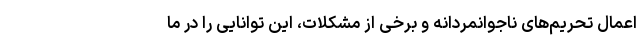
اعمال تحریم‌های ناجوانمردانه و برخی از مشکلات، این توانایی را در ما